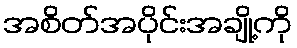
အစိတ်အပိုင်းအချို့ကို